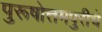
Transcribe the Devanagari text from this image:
पुरूषोत्तमपुरीचे